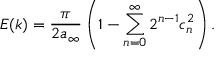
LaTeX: E ( k ) = { \frac { \pi } { 2 a _ { \infty } } } \left( 1 - \sum _ { n = 0 } ^ { \infty } 2 ^ { n - 1 } c _ { n } ^ { 2 } \right) .